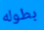
بطوله